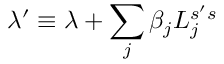
\lambda ^ { \prime } \equiv \lambda + \sum _ { j } \beta _ { j } L _ { j } ^ { s ^ { \prime } s }